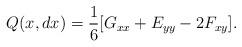
LaTeX: \begin{align*}Q(x,dx) = \frac{1}{6}[G_{xx} +E_{yy} -2F_{xy}]. \end{align*}